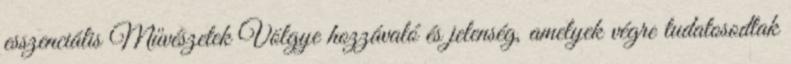
esszenciális Művészetek Völgye hozzávaló és jelenség, amelyek végre tudatosodtak